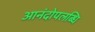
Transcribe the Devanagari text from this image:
आनंदोपलब्धि